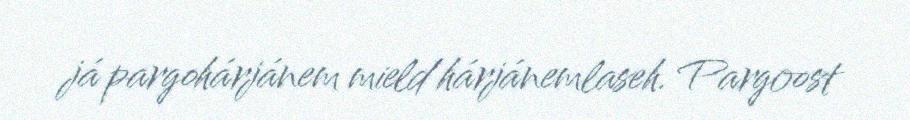
já pargohárjánem mield hárjánemlaseh. Pargoost